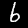
Digit: 6